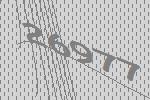
26977